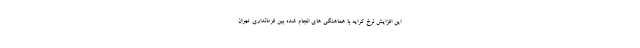
این افزایش نرخ کرایه با هماهنگی های انجام شده بین فرمانداری تهران